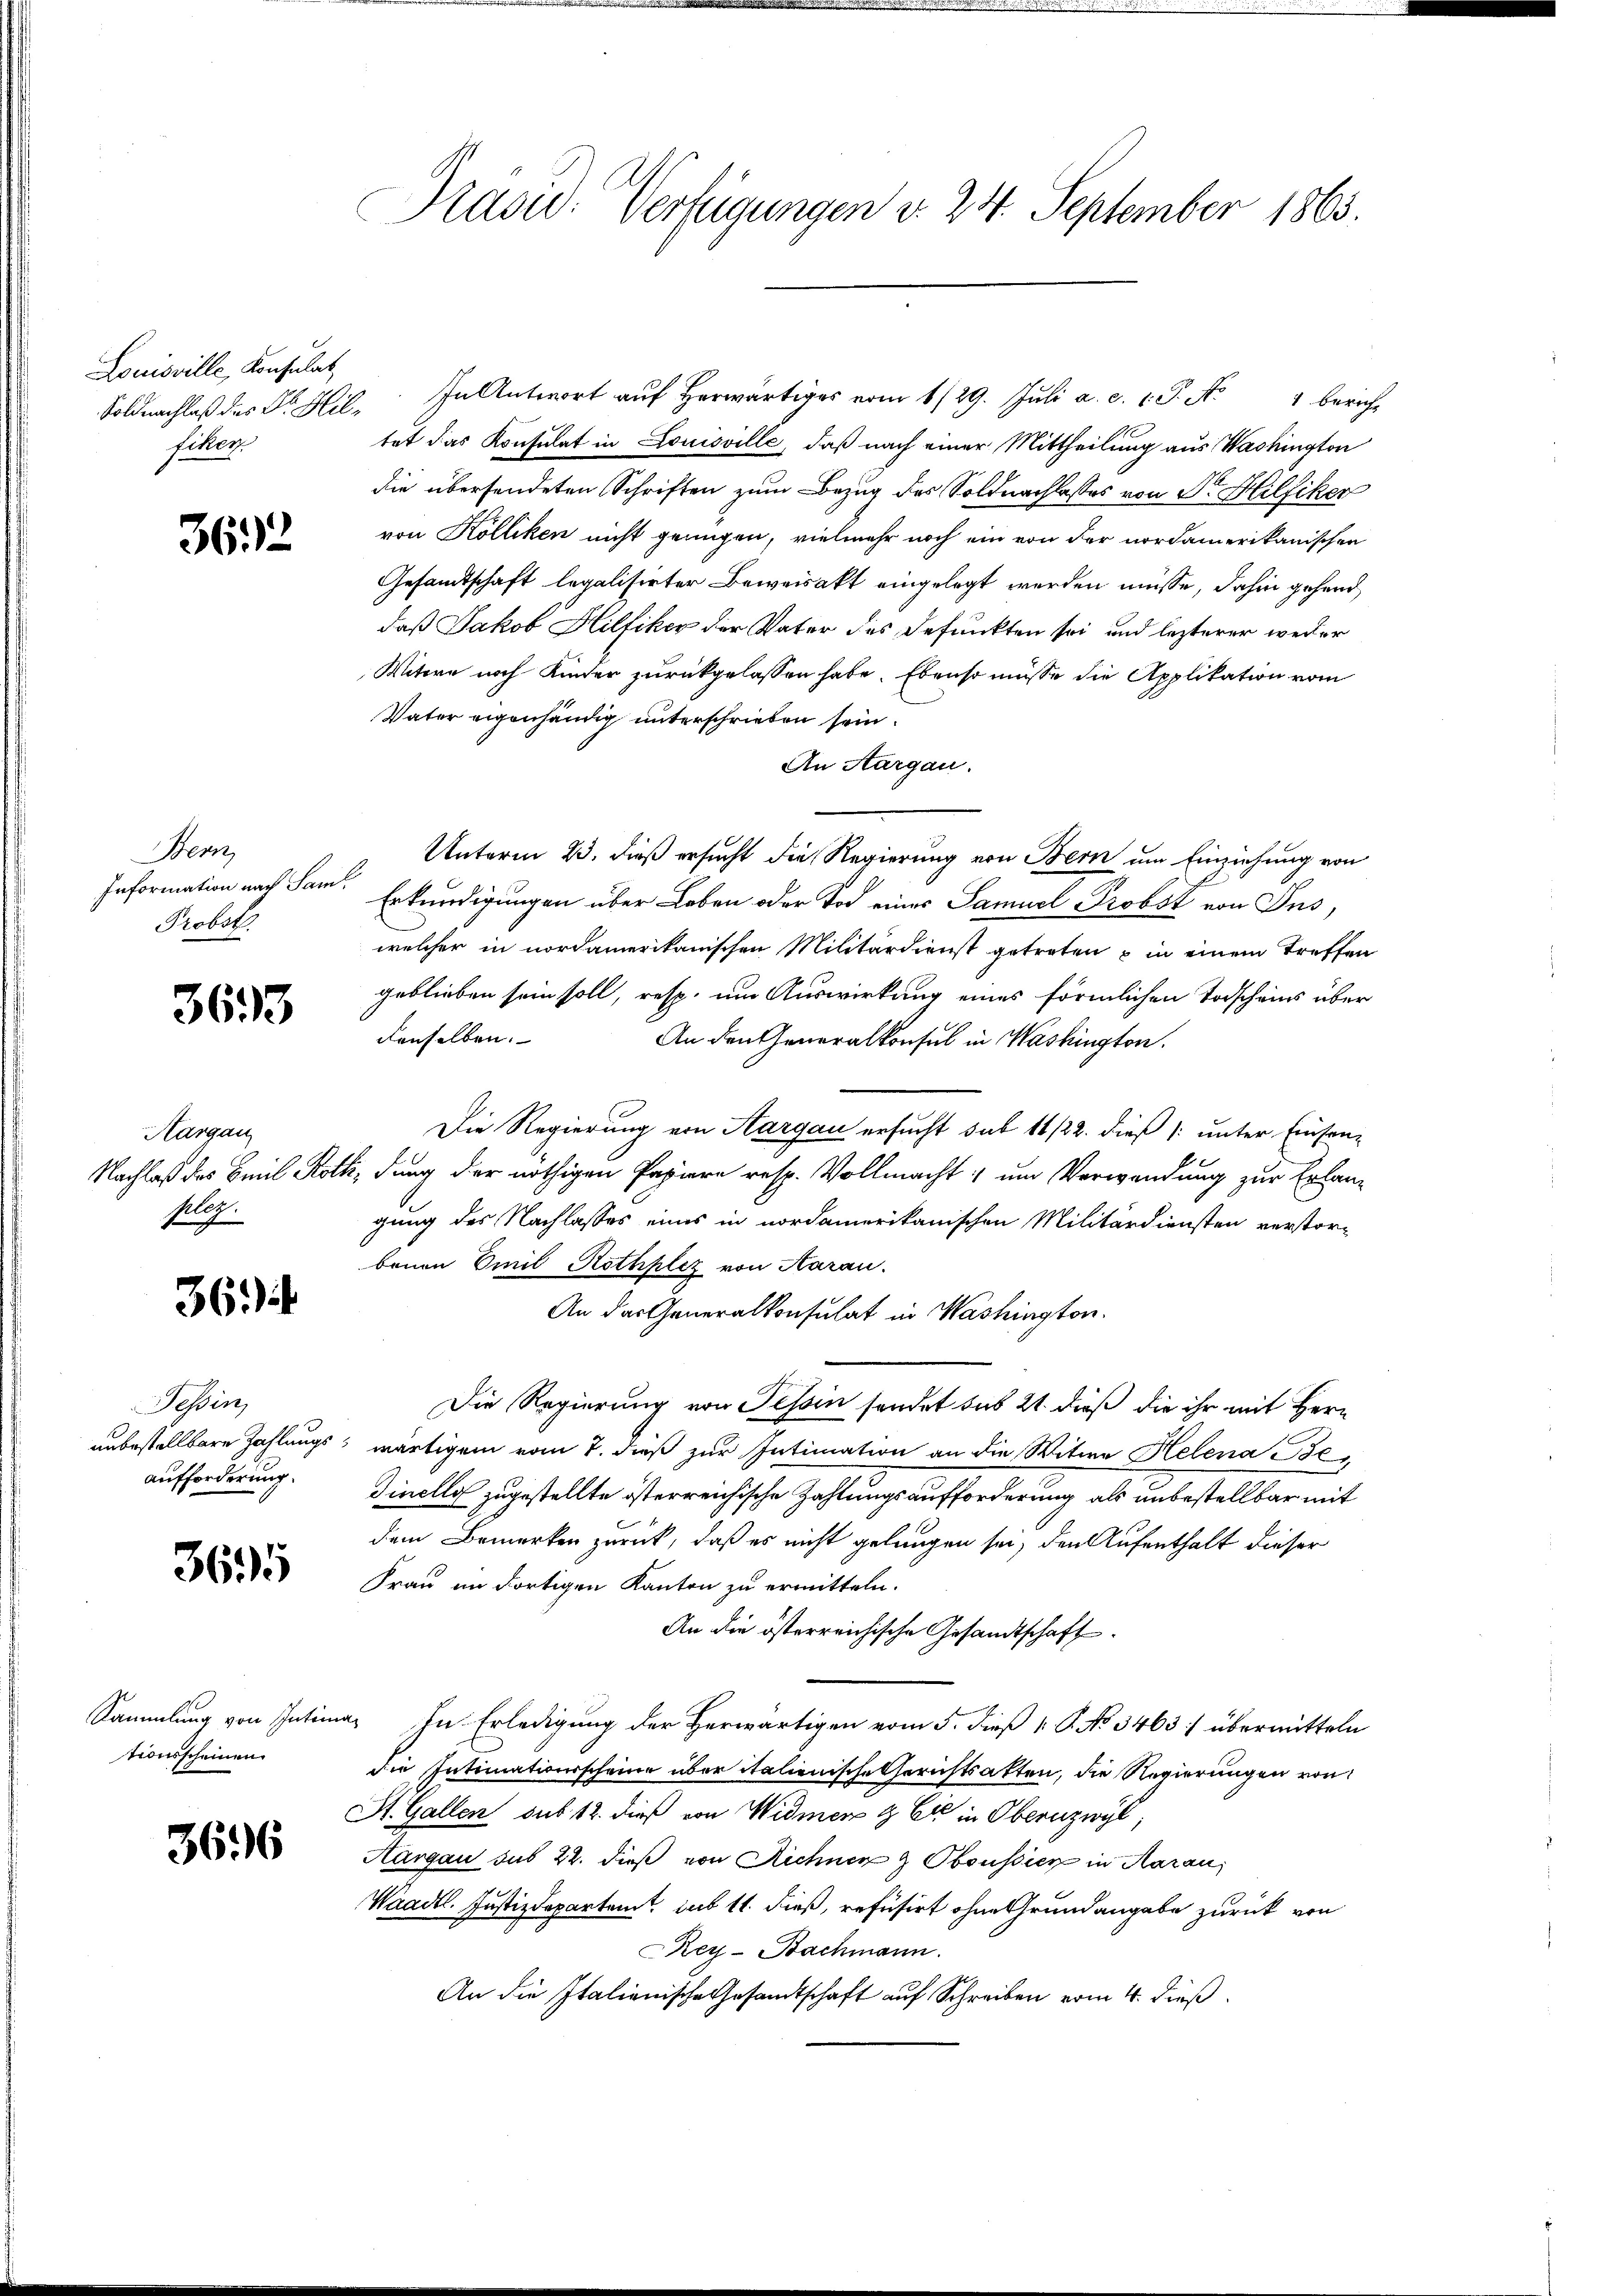
Louisville, Konsulat
Schen

362

Her
Probst.

363

Aargau
Pleg.

36)

Tessin,
aufforderung.

3695

Sammlung von Intim
tionsscheinen

3696

Soldnachlaβ des F. Hil. In Antwort aŭf herwärtiges vom 1/29. Jŭli a. c. 1 S. N. 1 bericht
tet das Konsulat in Louisville, daß nach einer Mittheilung aus Washington
die übersendeten Schriften zum Bezug des Soldnachlasses von Dr. Hilfiker
von Kölliken nicht genügen, vielmehr noch ein von der nordamerikanischen
Gesamtschaft legalisirter Beweisakt eingelegt werden müsse, dahin gehend
daß Jakob Hilfiker der Vater des defunkten sei und lezterer weder
Witwe noch Kinder zurückgelassen habe. Ebenso müsse die Applikation vom
Vater eigenhändig unterschrieben sein.
An Aargau.
Unterm 23. dieß ersucht die Regierung von Bern um Einziehung von
Information nach Sam. Erkundigungen über Leben oder Tod eines Samuel Probst von Ins
welcher in nordamerikanischen Militärdienst getreten u in einem treffen
geblieben sein soll, resp. um Auswirkung eines förmlichen Todscheins über
denselben.
An den Generalkonsul in Washington.
Die Regierung von Aargau ersucht sub 11/22. dieß /: unter Einsen-
Nachlaß des Emil Roth, dung der nöthigen Papiere resp. Vollmacht, um Verwendung zur Erlang
gung des Nachlasses eines in nordamerikanischen Militärdiensten verstorbenen Emil Rothplez von Aarau
An das Generalkonsulat in Washington.
Die Regierung von Tessin sendet sub 21. dieß die ihr mit Herr
unbestellbare Zahlungs, wärtigem vom 7. dieß zur Intimation an die Witwe Helena Be
Dielles zugestellte isterreichische Zahlungsaufforderung als unbestellbar mit
dem Bemerken zurück, daß es nicht gelungen sei, den Aufenthalt dieser
Frau an dortigen Kanton zu ermitteln.
An die österreichische Gesandtschaft
ia. In Erledigung der Herwärtigen vom 5. dieß P. No 3463 übermitteln
die Intimationsscheine über italienische Gerichtsakten, die Regierungen von
St. Gallen sub 12. dieß von Widmer & Cie in Obernzwyl,
Hargau sub 22. dieß von Richnen & Oboussien in Aarau,
Waadt. Justizdepartamt, ins 11. dieß, refusirt ohne Grundangabe zurück von
Rey-Bachmann.
An die Italienische Gesandtschaft auf Schreiben vom 4. dieß

Präsid. Verfügungen v. 24. September 1865.